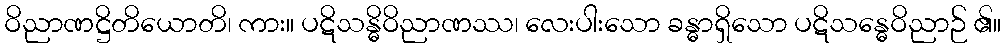
ဝိညာဏဋ္ဌိတိယောတိ၊ ကား။ ပဋိသန္ဓိဝိညာဏဿ၊ လေးပါးသော ခန္ဓာရှိသော ပဋိသန္ဓေဝိညာဉ် ၏။